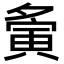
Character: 夤